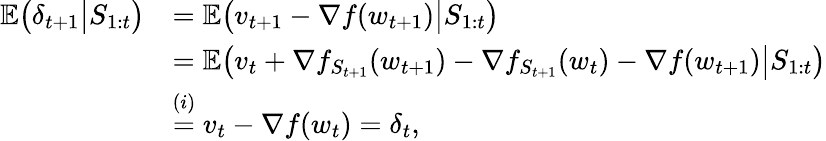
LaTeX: \begin{array}{rl}{\mathbb{E}\big(\delta_{t+1}\big|S_{1:t}\big)}&{=\mathbb{E}\big(v_{t+1}-\nabla f(w_{t+1})\big|S_{1:t}\big)}\\ &{=\mathbb{E}\big(v_{t}+\nabla f_{S_{t+1}}({w_{t+1}})-\nabla{f_{{S_{t+1}}}}(w_{t})-\nabla f(w_{t+1})\big|S_{1:t}\big)}\\ &{\overset{(i)}{=}v_{t}-\nabla f(w_{t})=\delta_{t},}\end{array}